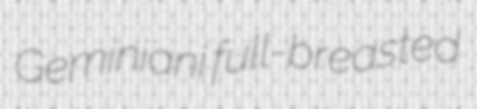
Geminiani full-breasted